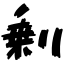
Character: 剰